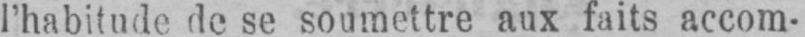
l’habitude de se soumettre aux faits accom-